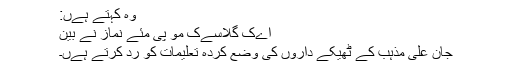
وہ کہتے ہےں:
اےک گلاسےک مو پی مئے نماز نے بین
جان علی مذہب کے ٹھیکے داروں کی وضع کردہ تعلیمات کو رد کرتے ہےں۔